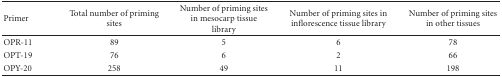
<table><thead><tr><td><b>Primer</b></td><td><b>Total number of priming sites</b></td><td><b>Number of priming sites in mesocarp tissue library</b></td><td><b>Number of priming sites in inflorescence tissue library</b></td><td><b>Number of priming sites in other tissues</b></td></tr></thead><tbody><tr><td>OPR-11</td><td>89</td><td>5</td><td>6</td><td>78</td></tr><tr><td>OPT-19</td><td>76</td><td>6</td><td>2</td><td>66</td></tr><tr><td>OPY-20</td><td>258</td><td>49</td><td>11</td><td>198</td></tr></tbody></table>